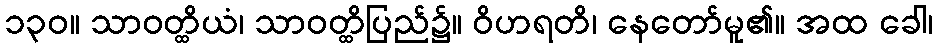
၁၃၀။ သာဝတ္ထိယံ၊ သာဝတ္ထိပြည်၌။ ဝိဟရတိ၊ နေတော်မူ၏။ အထ ခေါ၊